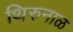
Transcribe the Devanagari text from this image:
थिरुनाळ